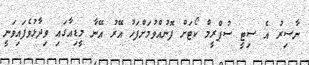
ނާސިރު އެ ސިޓީ ސުޕްރީމް ކޯޓަށް ފޮނުއްވުމަށްފަހު އޭރު އޭނާ މީޑިއާގައި ވިދާޅުވެފައިވަނީ